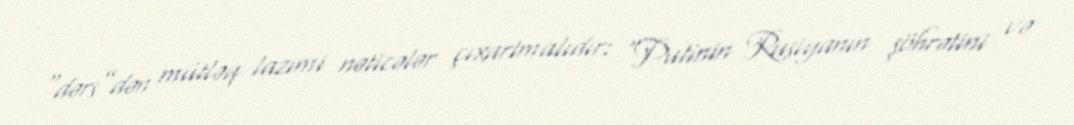
“dərs”dən mütləq lazımi nəticələr çıxartmalıdır: “Putinin Rusiyanın şöhrətini və